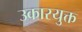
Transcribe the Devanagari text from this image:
उकारयुक्त